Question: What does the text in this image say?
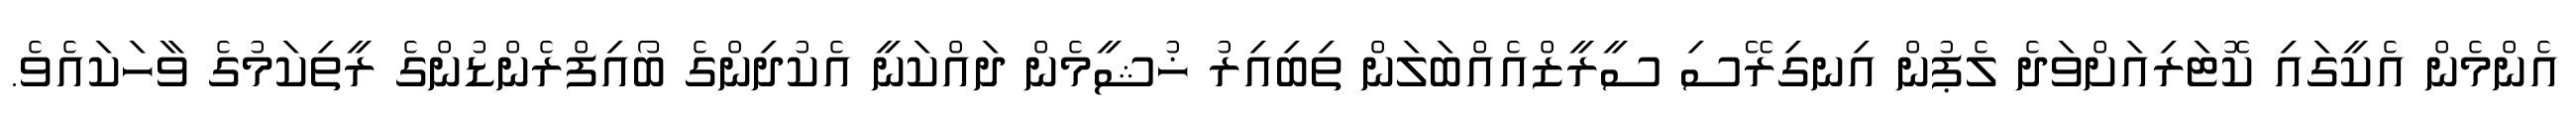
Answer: އެންމެން އެކީގައި ކޮޓަރިއަށްވަދެ ލެޕުން އިނގިރޭސި ސީރީޒްއެއްބަލަން ތިބިއިރު ޚުޝީމެން ދައްކަނީ އެކުދިންގެ ބޯއިފްރެންޑުންގެ ރީތިކަމުގެ ވާހަކައެވެ.